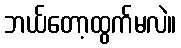
ဘယ်တော့ထွက်မလဲ။